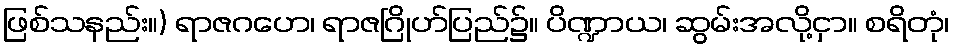
ဖြစ်သနည်း။) ရာဇဂဟေ၊ ရာဇဂြိုဟ်ပြည်၌။ ပိဏ္ဍာယ၊ ဆွမ်းအလို့ငှာ။ စရိတုံ၊